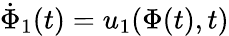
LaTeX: \dot{\Phi}_{1}(t)=u_{1}(\Phi(t),t)